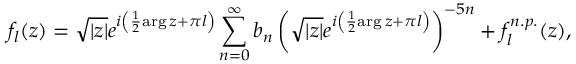
f _ { l } ( z ) = \sqrt { | z | } e ^ { i \left( { \frac { 1 } { 2 } } \mathrm { a r g } \, z + \pi l \right) } \sum _ { n = 0 } ^ { \infty } b _ { n } \left( \sqrt { | z | } e ^ { i \left( { \frac { 1 } { 2 } } \mathrm { a r g } \, z + \pi l \right) } \right) ^ { - 5 n } + f _ { l } ^ { n . p . } ( z ) ,